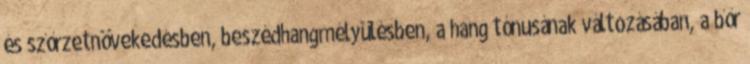
és szőrzetnövekedésben, beszédhangmélyülésben, a hang tónusának változásában, a bőr